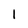
Character: 1